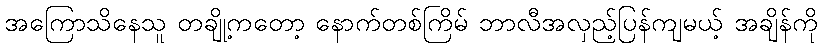
အကြောသိနေသူ တချို့ကတော့ နောက်တစ်ကြိမ် ဘာလီအလှည့်ပြန်ကျမယ့် အချိန်ကို